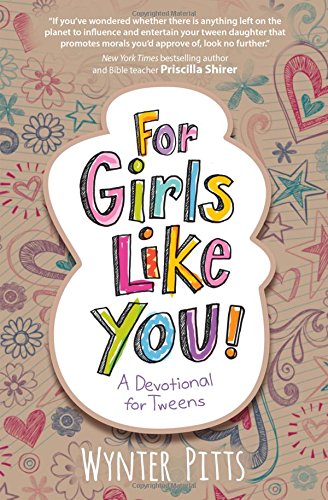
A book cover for For Girls Like You: A Devotional for Tweens; Wynter Pitts; Christian Books & Bibles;